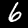
Digit: 6